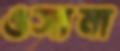
ওসামা